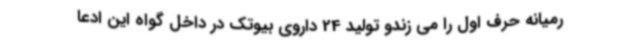
رمیانه حرف اول را می زندو تولید 24 داروی بیوتک در داخل گواه این ادعا